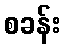
စခန်း